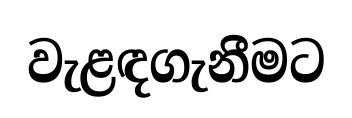
වැළඳගැනීමට